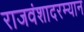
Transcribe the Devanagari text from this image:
राजवंशादरम्यान